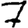
Digit: 7